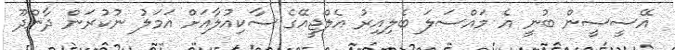
އޭސީސީން ބުނީ އެ މައްސަލަ ބެލިއިރު އެލްޖީއޭގެ ސާކިއުލާއަށް އަމަލު ނުކުރަން ދާންދޫ